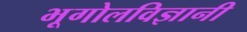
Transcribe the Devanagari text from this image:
भूगोलविज्ञानी